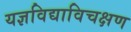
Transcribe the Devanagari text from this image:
यज्ञविद्याविचक्षण